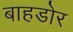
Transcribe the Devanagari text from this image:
बाहडोर